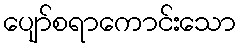
ပျော်စရာကောင်းသော